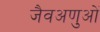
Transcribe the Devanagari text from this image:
जैवअणुओं